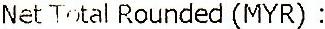
NET TOTAL ROUNDED (MYR) :